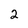
Character: 2